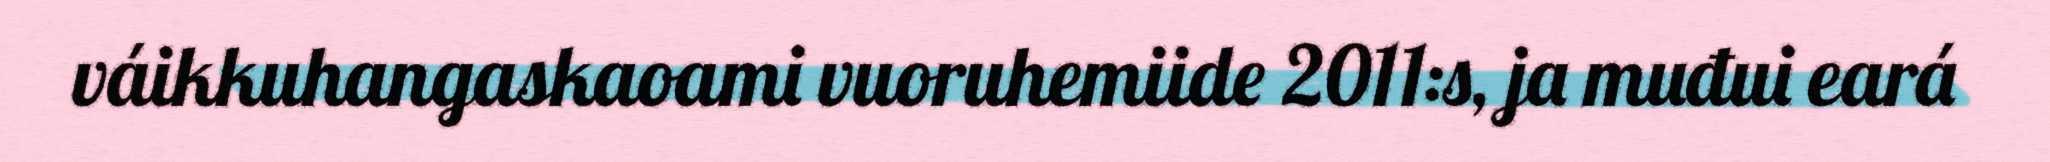
váikkuhangaskaoami vuoruhemiide 2011:s, ja muđui eará